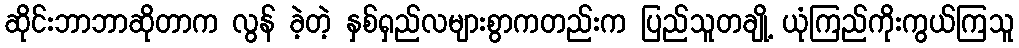
ဆိုင်းဘာဘာဆိုတာက လွန် ခဲ့တဲ့ နှစ်ရှည်လများစွာကတည်းက ပြည်သူတချို့ ယုံကြည်ကိုးကွယ်ကြသူ